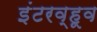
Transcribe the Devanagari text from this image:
इंटरव्हूव